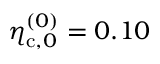
\eta _ { \mathrm { c } , 0 } ^ { ( 0 ) } = 0 . 1 0